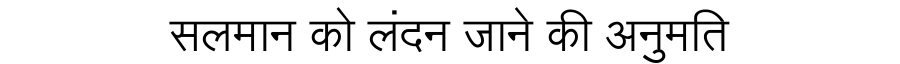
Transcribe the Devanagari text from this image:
सलमान को लंदन जाने की अनुमति